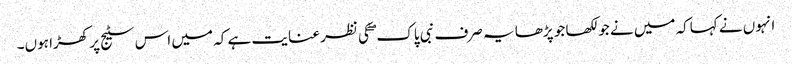
انہوں نے کہاکہ میں نے جو لکھا جو پڑھا یہ صرف نبی پاک ۖ کی نظر عنایت ہے کہ میں اس سٹیج پر کھڑا ہوں۔